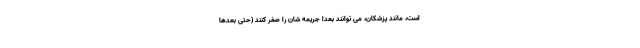
است، مانند پزشکان، می توانند بعداً جریمه شان را صفر کنند (حتی بعدها